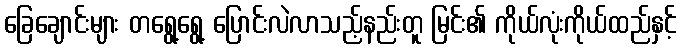
ခြေချောင်းများ တရွေ့ရွေ့ ပြောင်းလဲလာသည့်နည်းတူ မြင်း၏ ကိုယ်လုံးကိုယ်ထည်နှင့်